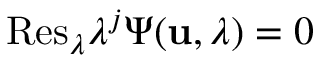
\mathrm { R e s } _ { \lambda } \lambda ^ { j } \Psi ( { \bf u } , \lambda ) = 0